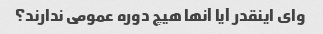
وای اینقدر آیا آنها هیچ دوره عمومی ندارند؟